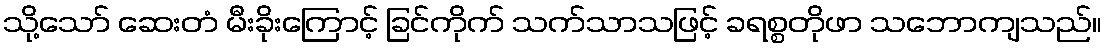
သို့သော် ဆေးတံ မီးခိုးကြောင့် ခြင်ကိုက် သက်သာသဖြင့် ခရစ္စတိုဖာ သဘောကျသည်။